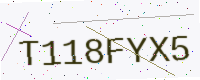
Text: T118FYX5